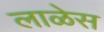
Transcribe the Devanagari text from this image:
लाळेस